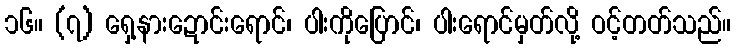
၁၆။ (၇) ရှေ့နားဍောင်းရောင်၊ ပါးကိုပြောင်၊ ပါးရောင်မှတ်လို့ ဝင့်တတ်သည်။